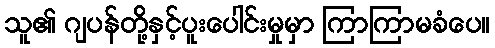
သူ၏ ဂျပန်တို့နှင့်ပူးပေါင်းမှုမှာ ကြာကြာမခံပေ။